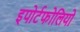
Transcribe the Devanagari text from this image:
इपोर्टफोलियो